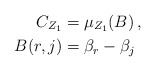
\begin{align*}C_{Z_1}& = \mu_{Z_1}(B)\,,\\B(r,j)& = \beta_r - \beta_j\end{align*}